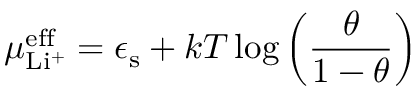
\mu _ { \mathrm { L i ^ { + } } } ^ { \mathrm { e f f } } = \epsilon _ { \mathrm { s } } + k T \log \left( \frac { \theta } { 1 - \theta } \right)